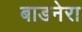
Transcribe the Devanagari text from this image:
बाडनेरा